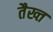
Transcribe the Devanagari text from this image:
तैख्त